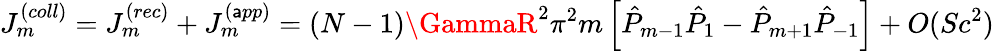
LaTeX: J_{m}^{(coll)}=J_{m}^{(rec)}+J_{m}^{(\mathsf{a}pp)}=(N-1)\GammaR^{2}\pi^{2}m\left[\hat{{P}}_{m-1}\hat{{P}}_{1}-\hat{{P}}_{m+1}\hat{{P}}_{-1}\right]+O(Sc^{2})